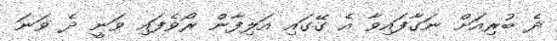
ދެ ބުރިއަށް ނަގާފައިވާ އެ ގޭގައި އަލިފާން ރޯވެފައި ވަނީ ދެ ވަނަ